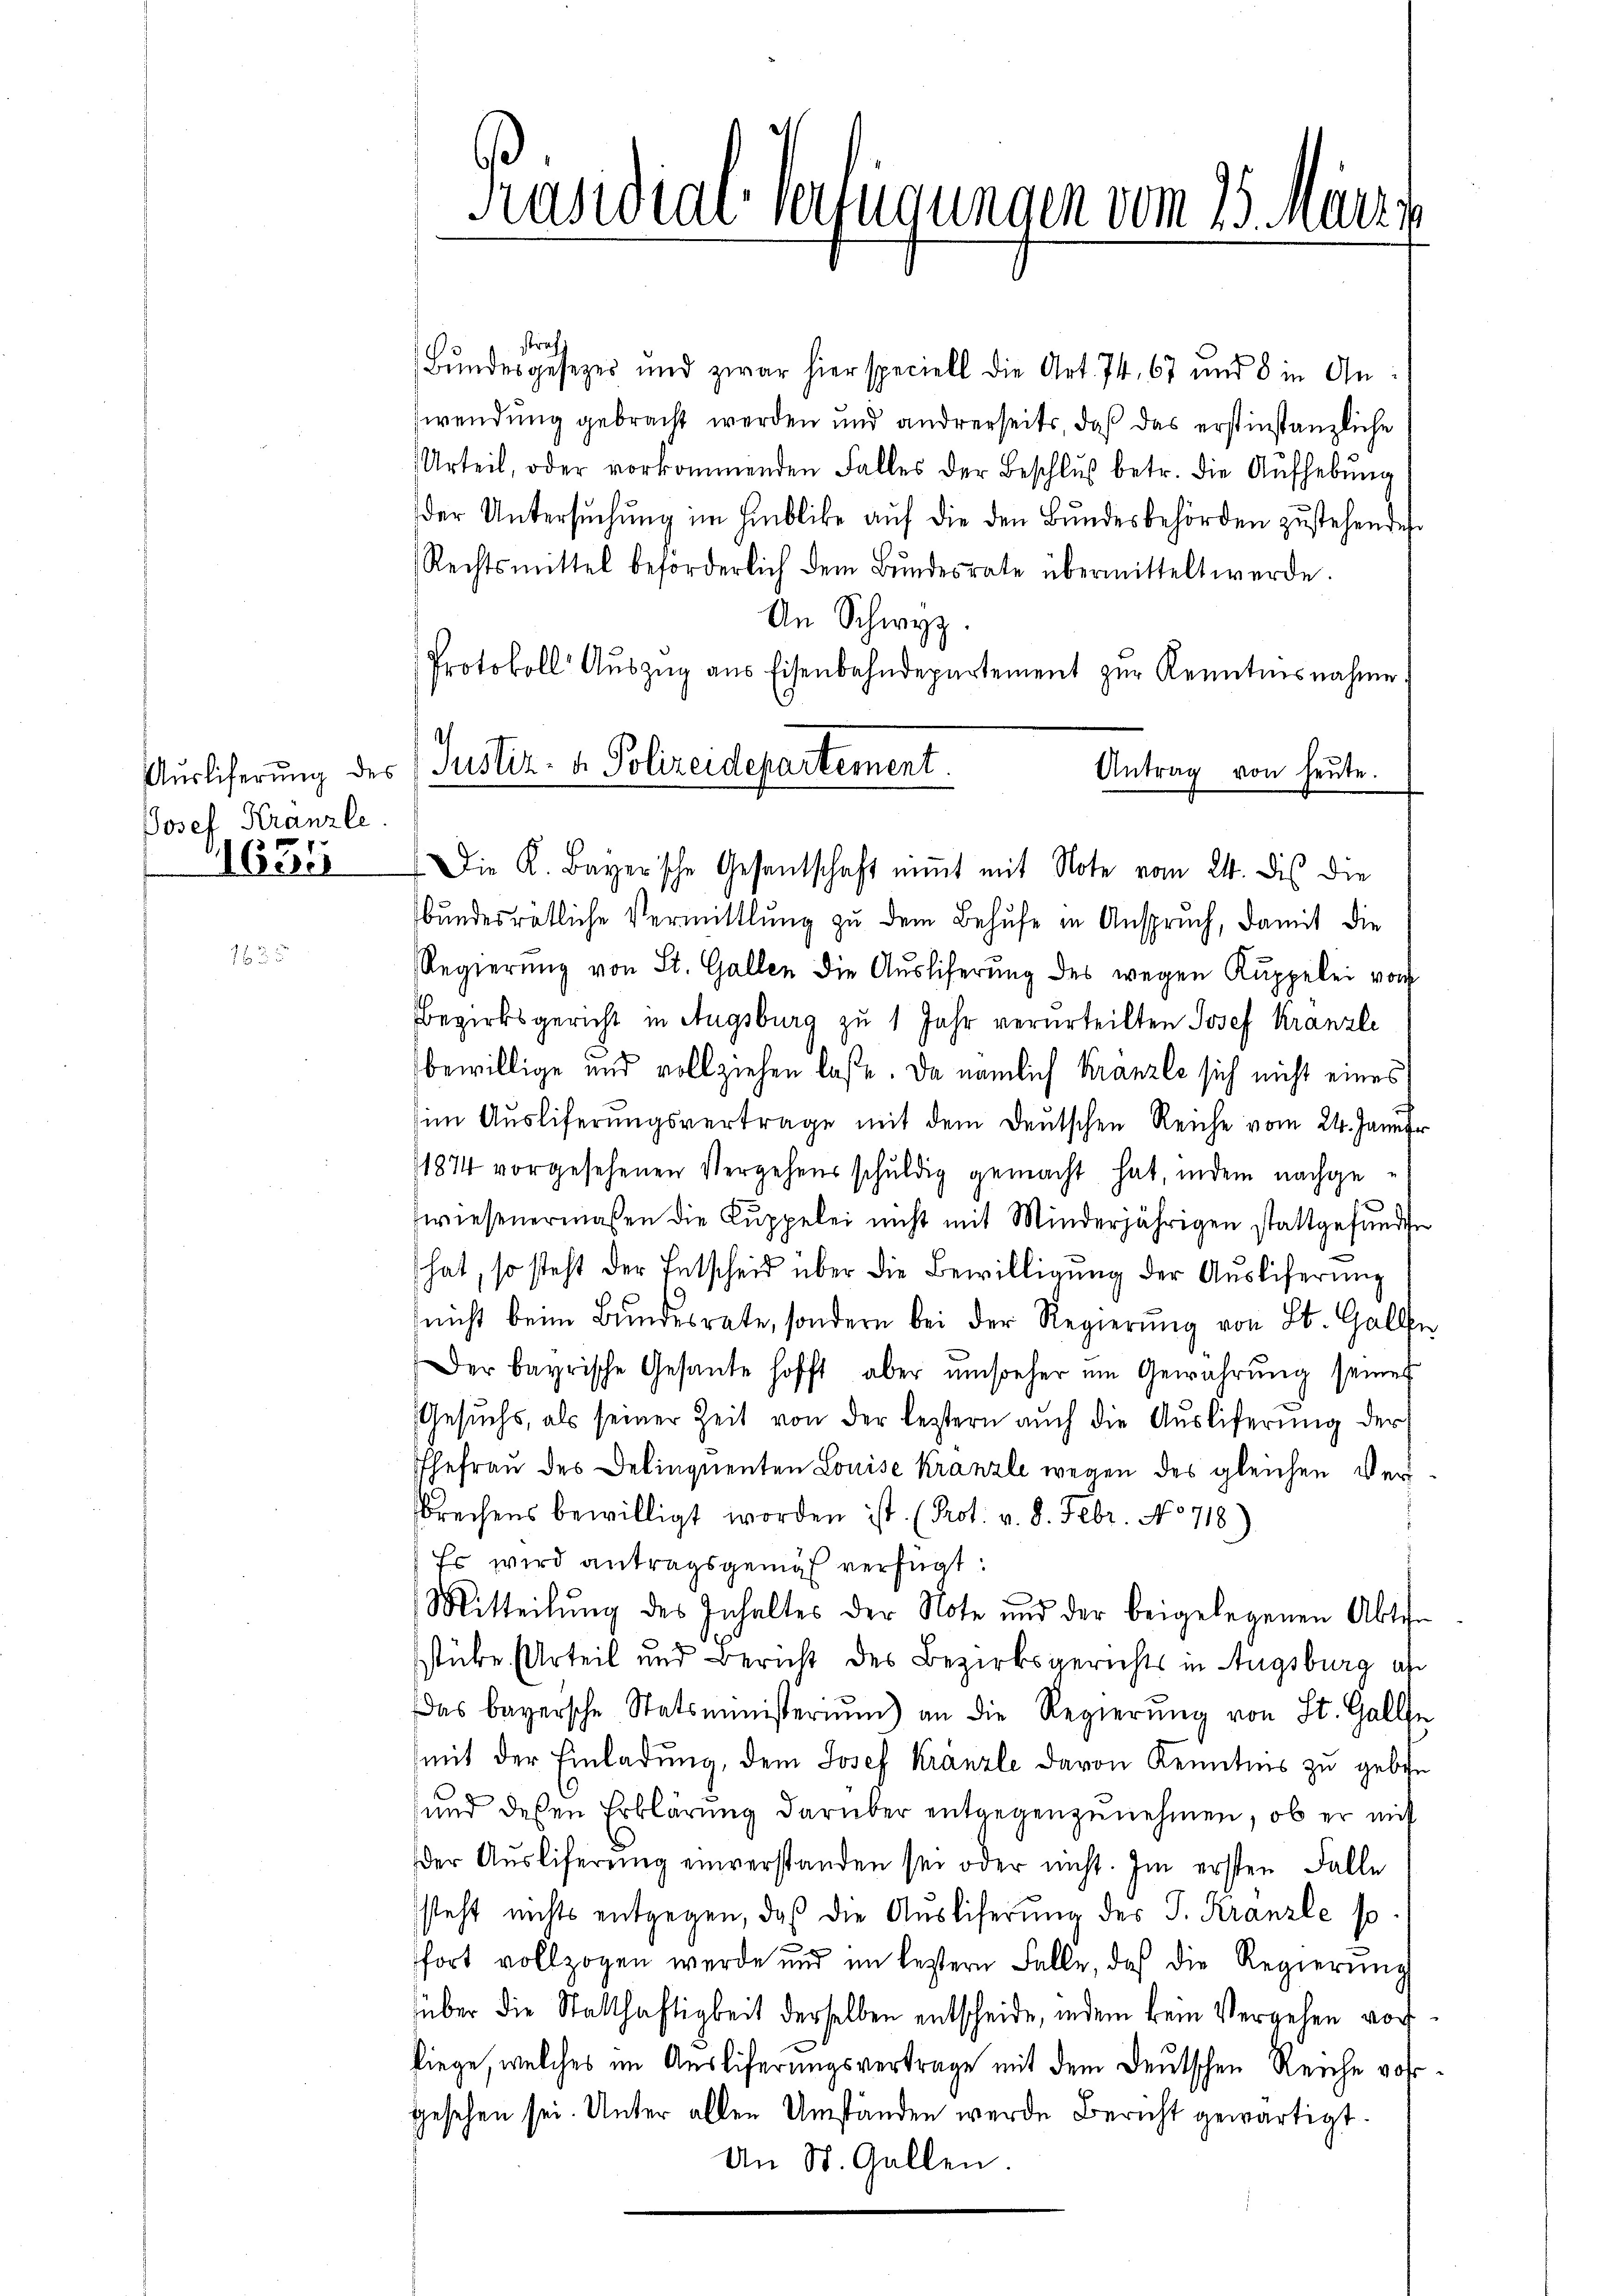
Auslieferung des
Josef Kranzle

11634

Präsidial-Verfügungen vom 15. März

.
Justiz- & Polizeidepartement.
Antrag von heute.

straf
Bŭndesgesezes und zwar hier speciell die Art. 74. 67 und 8 in Anwendung gebracht werden und andrerseits, daß das erstinstanzliche
Urteil, oder vorkommenden Falles der Beschluß betr. die Aufhebung
der Untersŭchŭng im Hinblicke auf die den Bundesbehörden zustehendes
Rechtsmittel beförderlich dem Bŭndesrate übermittelt werde.
An Schwyz.
Protokoll Auszug aus Eisenbahndepartement zur Kenntnisnahme.
Die K. Bayerische Gesentschaft nimmt mit Note vom 24. dis die
bundesrätliche Vermittlung zu dem Behufe in Anspruch, damit die
Regierŭng von St. Gallen die Aŭsliferŭng des wegen Kuppelei vom
Bezirksgericht in Augsburg zu 1 Jahr verurteilten Josef Kranzle
bewillige und vollziehen laße. Da nämlich Kranzle sich nicht eines
im Ausliferungsvertrage mit dem deutschen Reiche vom 24. Janu
1874 vorgesehenen Vergehensschŭldig gemacht hat, indem nachge-
zwiesenermaßen die Kuppelei nicht mit Minderjährigen stattgefŭnde
hat, so steht der Entscheid über die Bewilligŭng der Ausliferung
nicht beim Bŭndesrate, sondern bei der Regierŭng von St. Gall
Der bayrische Gesante hofft aber ŭmsoeher um Gewährŭng seiner
Gesŭchs, als seiner Zeit von der leztern aŭch die Aŭsliferung der
Ehefrau des Delinquenten Louise Kranzle wegen des gleichen Versbrechens bewilligt worden ist. (Prot. v. 8. Febr. No 718)
Es wird antragsgemäß verfügt:
Mitteilung des Inhaltes der Note und der beigelegenen Abte
stüke Urteil und Bericht des Bezirksgerichts in Augsburg al
das bayersche Statsministerium) an die Regierŭng von St. Galle
mit der Einladung, dem Josef Kranzle davon Kenntnis zu geben
und deßen Erklärŭng darüber entgegenzŭnehmen, ob er mit
der Aŭsliferŭng einverstanden sei oder nicht. Im ersten Falle
steht nichts entgegen, daß die Ausliferung des J. Kranzle so
fort vollzogen werde und im leztern Falle, daß die Regierŭng
über die Statthaftigkeit derselben entscheide, indem kein Vergehen vor
liege, welches im Ausliferungsvertrage mit dem Deutschen Reiche vor
gesehen sei. Unter allen Umständen werde Bericht gewärtigt.
An St. Gallen.